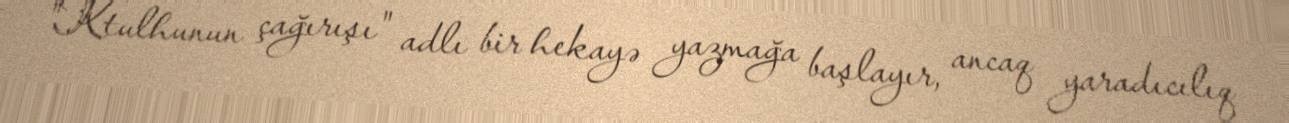
"Ktulhunun çağırışı" adlı bir hekayə yazmağa başlayır, ancaq yaradıcılıq